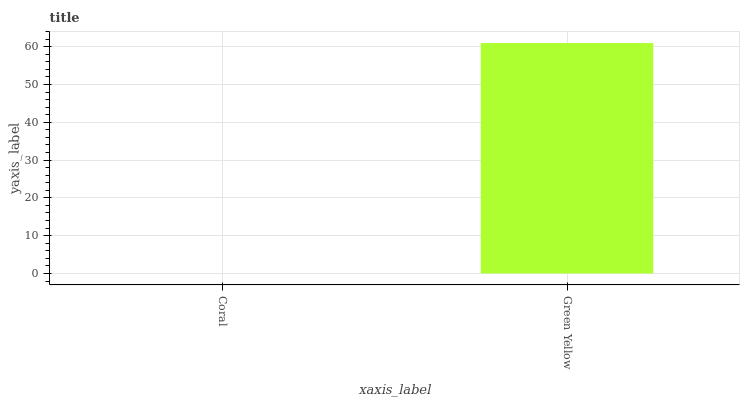
| xaxis_label | bars |
 | --- | --- |
 | Coral | 0 |
 | Green Yellow | 61 |